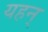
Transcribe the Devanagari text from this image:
यहन्